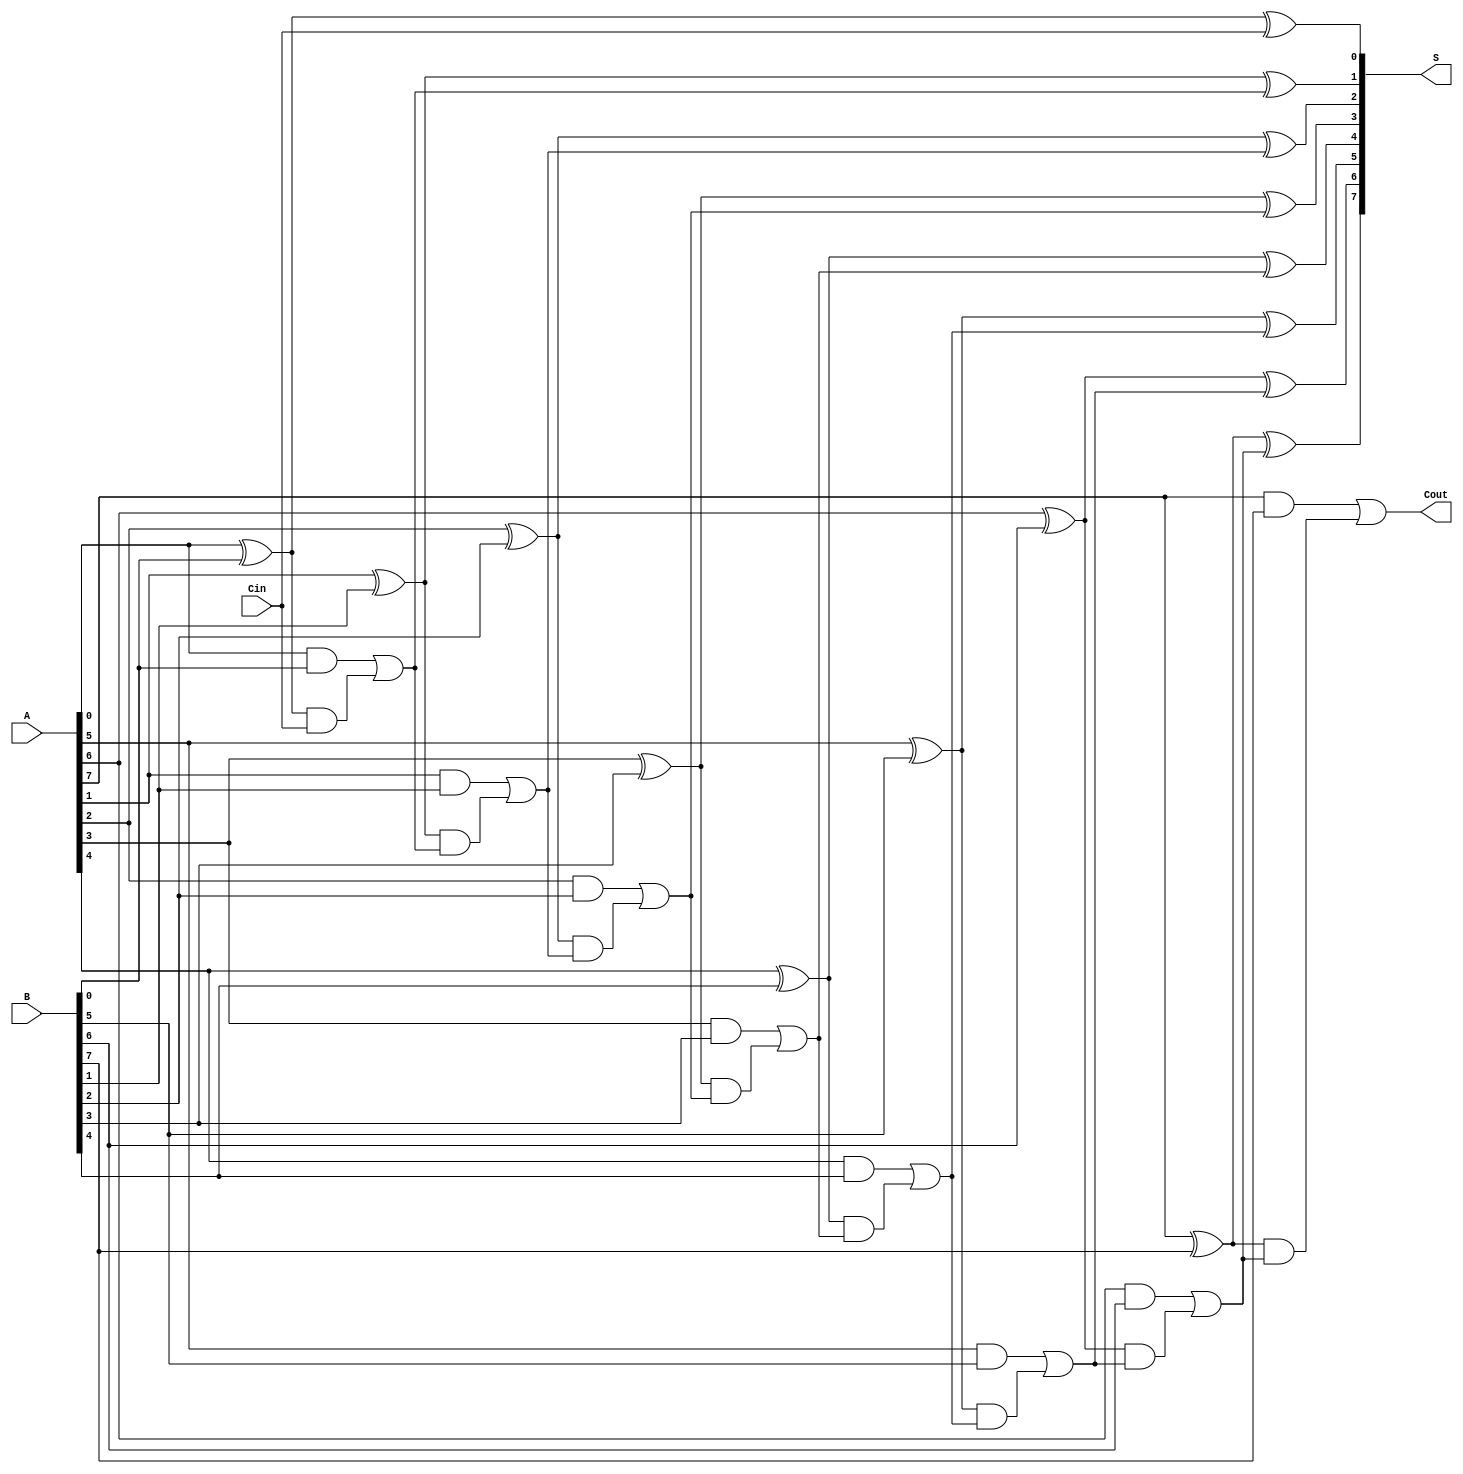
module han_carlson_adder #(parameter n = 8) (
    input [n-1:0] A,      // First n-bit input
    input [n-1:0] B,      // Second n-bit input
    input Cin,            // Input carry
    output [n-1:0] S,     // Sum output
    output Cout           // Output carry
);
    // Intermediate carry signals
    wire [n-1:0] G; // Generate
    wire [n-1:0] P; // Propagate
    wire [n:0] C;   // Carry signals

    // Generate and Propagate signals
    genvar i;
    generate
        for (i = 0; i < n; i = i + 1) begin : gen_prop
            assign G[i] = A[i] & B[i]; // Generate
            assign P[i] = A[i] ^ B[i]; // Propagate
        end
    endgenerate

    // Carry signals calculation
    assign C[0] = Cin; // Initial carry
    generate
        for (i = 0; i < n; i = i + 1) begin : carry_gen
            assign C[i+1] = G[i] | (P[i] & C[i]); // Carry generation
        end
    endgenerate

    // Sum calculation
    generate
        for (i = 0; i < n; i = i + 1) begin : sum_calc
            assign S[i] = P[i] ^ C[i]; // Sum calculation
        end
    endgenerate

    // Final carry out
    assign Cout = C[n];

endmodule